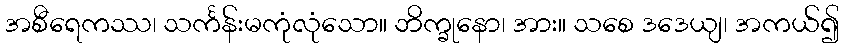
အစီရေကဿ၊ သင်္ကန်းမကုံလုံသော။ ဘိက္ခုနော၊ အား။ သစေ ဒဒေယျ၊ အကယ်၍